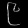
Digit: ၉